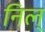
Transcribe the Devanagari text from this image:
निल्